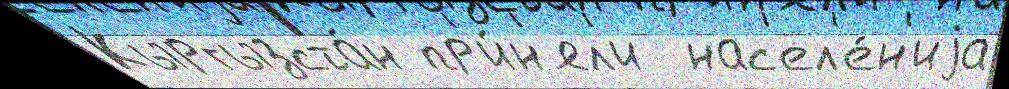
Кыргызста́н пр'и́н'ял'и  нас'ел'е́н'иjа